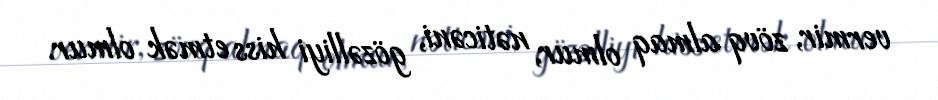
vermir, zövq almaq olmur, nəticəni, gözəlliyi hiss etmək olmur.